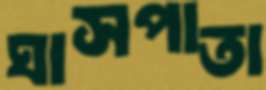
ঘাসপাতা